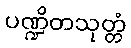
ပဏ္ဍိတသုတ္တံ